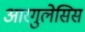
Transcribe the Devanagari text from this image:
आरगुलेसिस